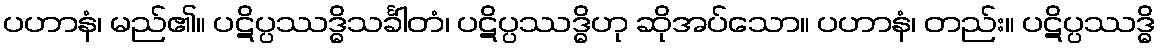
ပဟာနံ၊ မည်၏။ ပဋိပ္ပဿဒ္ဓိသင်္ခါတံ၊ ပဋိပ္ပဿဒ္ဓိဟု ဆိုအပ်သော။ ပဟာနံ၊ တည်း။ ပဋိပ္ပဿဒ္ဓိ